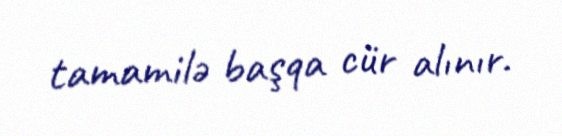
tamamilə başqa cür alınır.